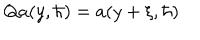
LaTeX: Q a ( y , { \hbar } ) = a ( y + \xi , \hbar )